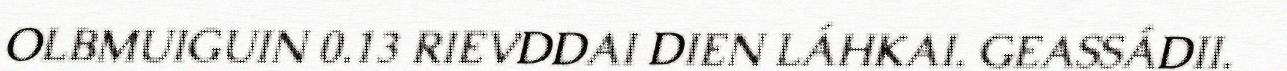
OLBMUIGUIN 0.13 RIEVDDAI DIEN LÁHKAI. GEASSÁDII.